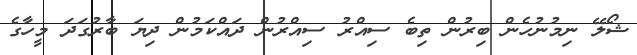
ޝޯލޭ ނިމުނުހެން ބިރުން ތިބެ ސިއްރު ސިއްރުން ދައްކަމުން ދިޔަ ބާރުގަދަ މީހާގެ